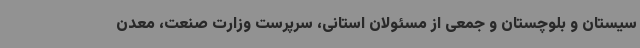
سیستان و بلوچستان و جمعی از مسئولان استانی، سرپرست وزارت صنعت، معدن